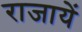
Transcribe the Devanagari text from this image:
राजायें